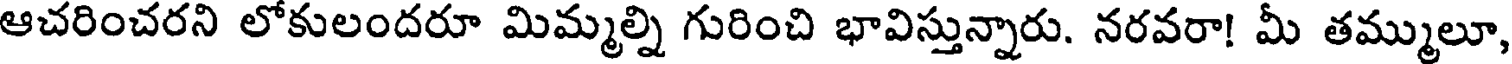
ఆచరించరని లోకులందరూ మిమ్మల్ని గురించి భావిస్తున్నారు. నరవరా! మీ తమ్ములూ,